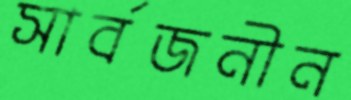
সার্বজনীন